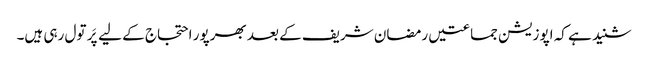
شنید ہے کہ اپوزیشن جماعتیں رمضان شریف کے بعد بھرپور احتجاج کے لیے پَر تول رہی ہیں۔